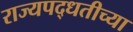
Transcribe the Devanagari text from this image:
राज्यपद्धतीच्या